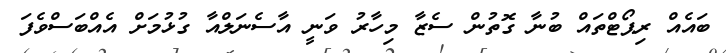
ބައެއް ރިޕޯޓްތައް ބުނާ ގޮތުން ސެޒާ މިހާރު ވަނީ އާސެނަލްއާ ގުޅުމަށް އެއްބަސްވެފަ